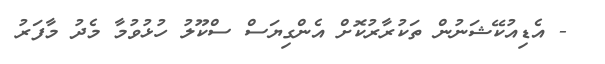
- އެޑިއުކޭޝަނުން ތަކުރާރުކޮށް އެންގިޔަސް ސްކޫލު ހުޅުވުމާ މެދު މާފަރު